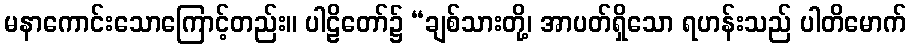
မနာကောင်းသောကြောင့်တည်း။ ပါဠိတော်၌ “ချစ်သားတို့၊ အာပတ်ရှိသော ရဟန်းသည် ပါတိမောက်